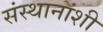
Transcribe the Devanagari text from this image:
संस्थानांशी